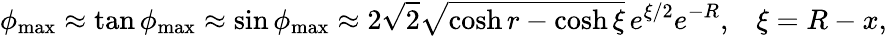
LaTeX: \phi_{\operatorname*{max}}\approx\tan\phi_{\operatorname*{max}}\approx\sin\phi_{\operatorname*{max}}\approx 2\sqrt{2}\sqrt{\cosh r-\cosh\xi}\, e^{\xi/2}e^{-R},\; \; \; \xi=R-x,